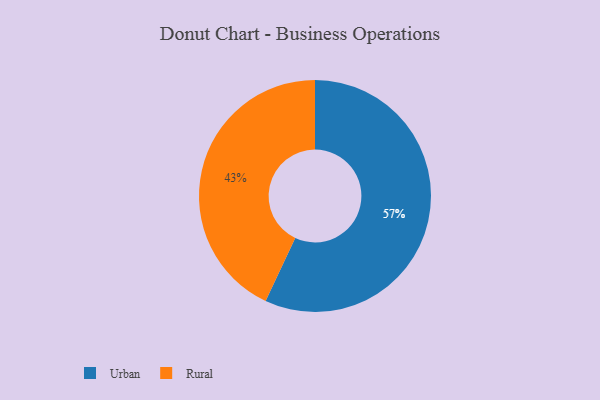
{"axis": {"x": "Category", "y": "Percentage"}, "legend": ["Rural", "Urban"], "data": [{"x": "Rural", "y": 43, "type": "Rural"}, {"x": "Urban", "y": 57, "type": "Urban"}]}